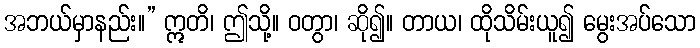
အဘယ်မှာနည်း။” ဣတိ၊ ဤသို့။ ဝတွာ၊ ဆို၍။ တာယ၊ ထိုသိမ်းယူ၍ မွေးအပ်သော